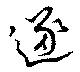
逐